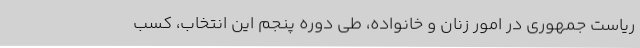
ریاست جمهوری در امور زنان و خانواده، طی دوره پنجم این انتخاب، کسب